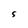
Character: S